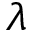
\lambda